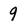
Character: 9